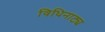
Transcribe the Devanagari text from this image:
विधिनाट्य